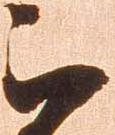
被